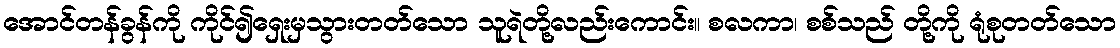
အောင်တန်ခွန်ကို ကိုင်၍ရှေးမှသွားတတ်သော သူရဲတို့လည်းကောင်း။ စလကာ၊ စစ်သည် တို့ကို ရုံစုတတ်သော